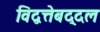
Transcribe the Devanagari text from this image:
विद्वत्तेबद्दल